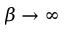
\beta \rightarrow \infty